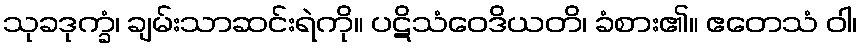
သုခဒုက္ခံ၊ ချမ်းသာဆင်းရဲကို။ ပဋိသံဝေဒိယတိ၊ ခံစား၏။ ဧတေသံ ဝါ၊